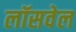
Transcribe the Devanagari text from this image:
लॉसवेल